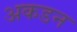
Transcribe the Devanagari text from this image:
अकडन